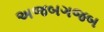
અજબગજબ